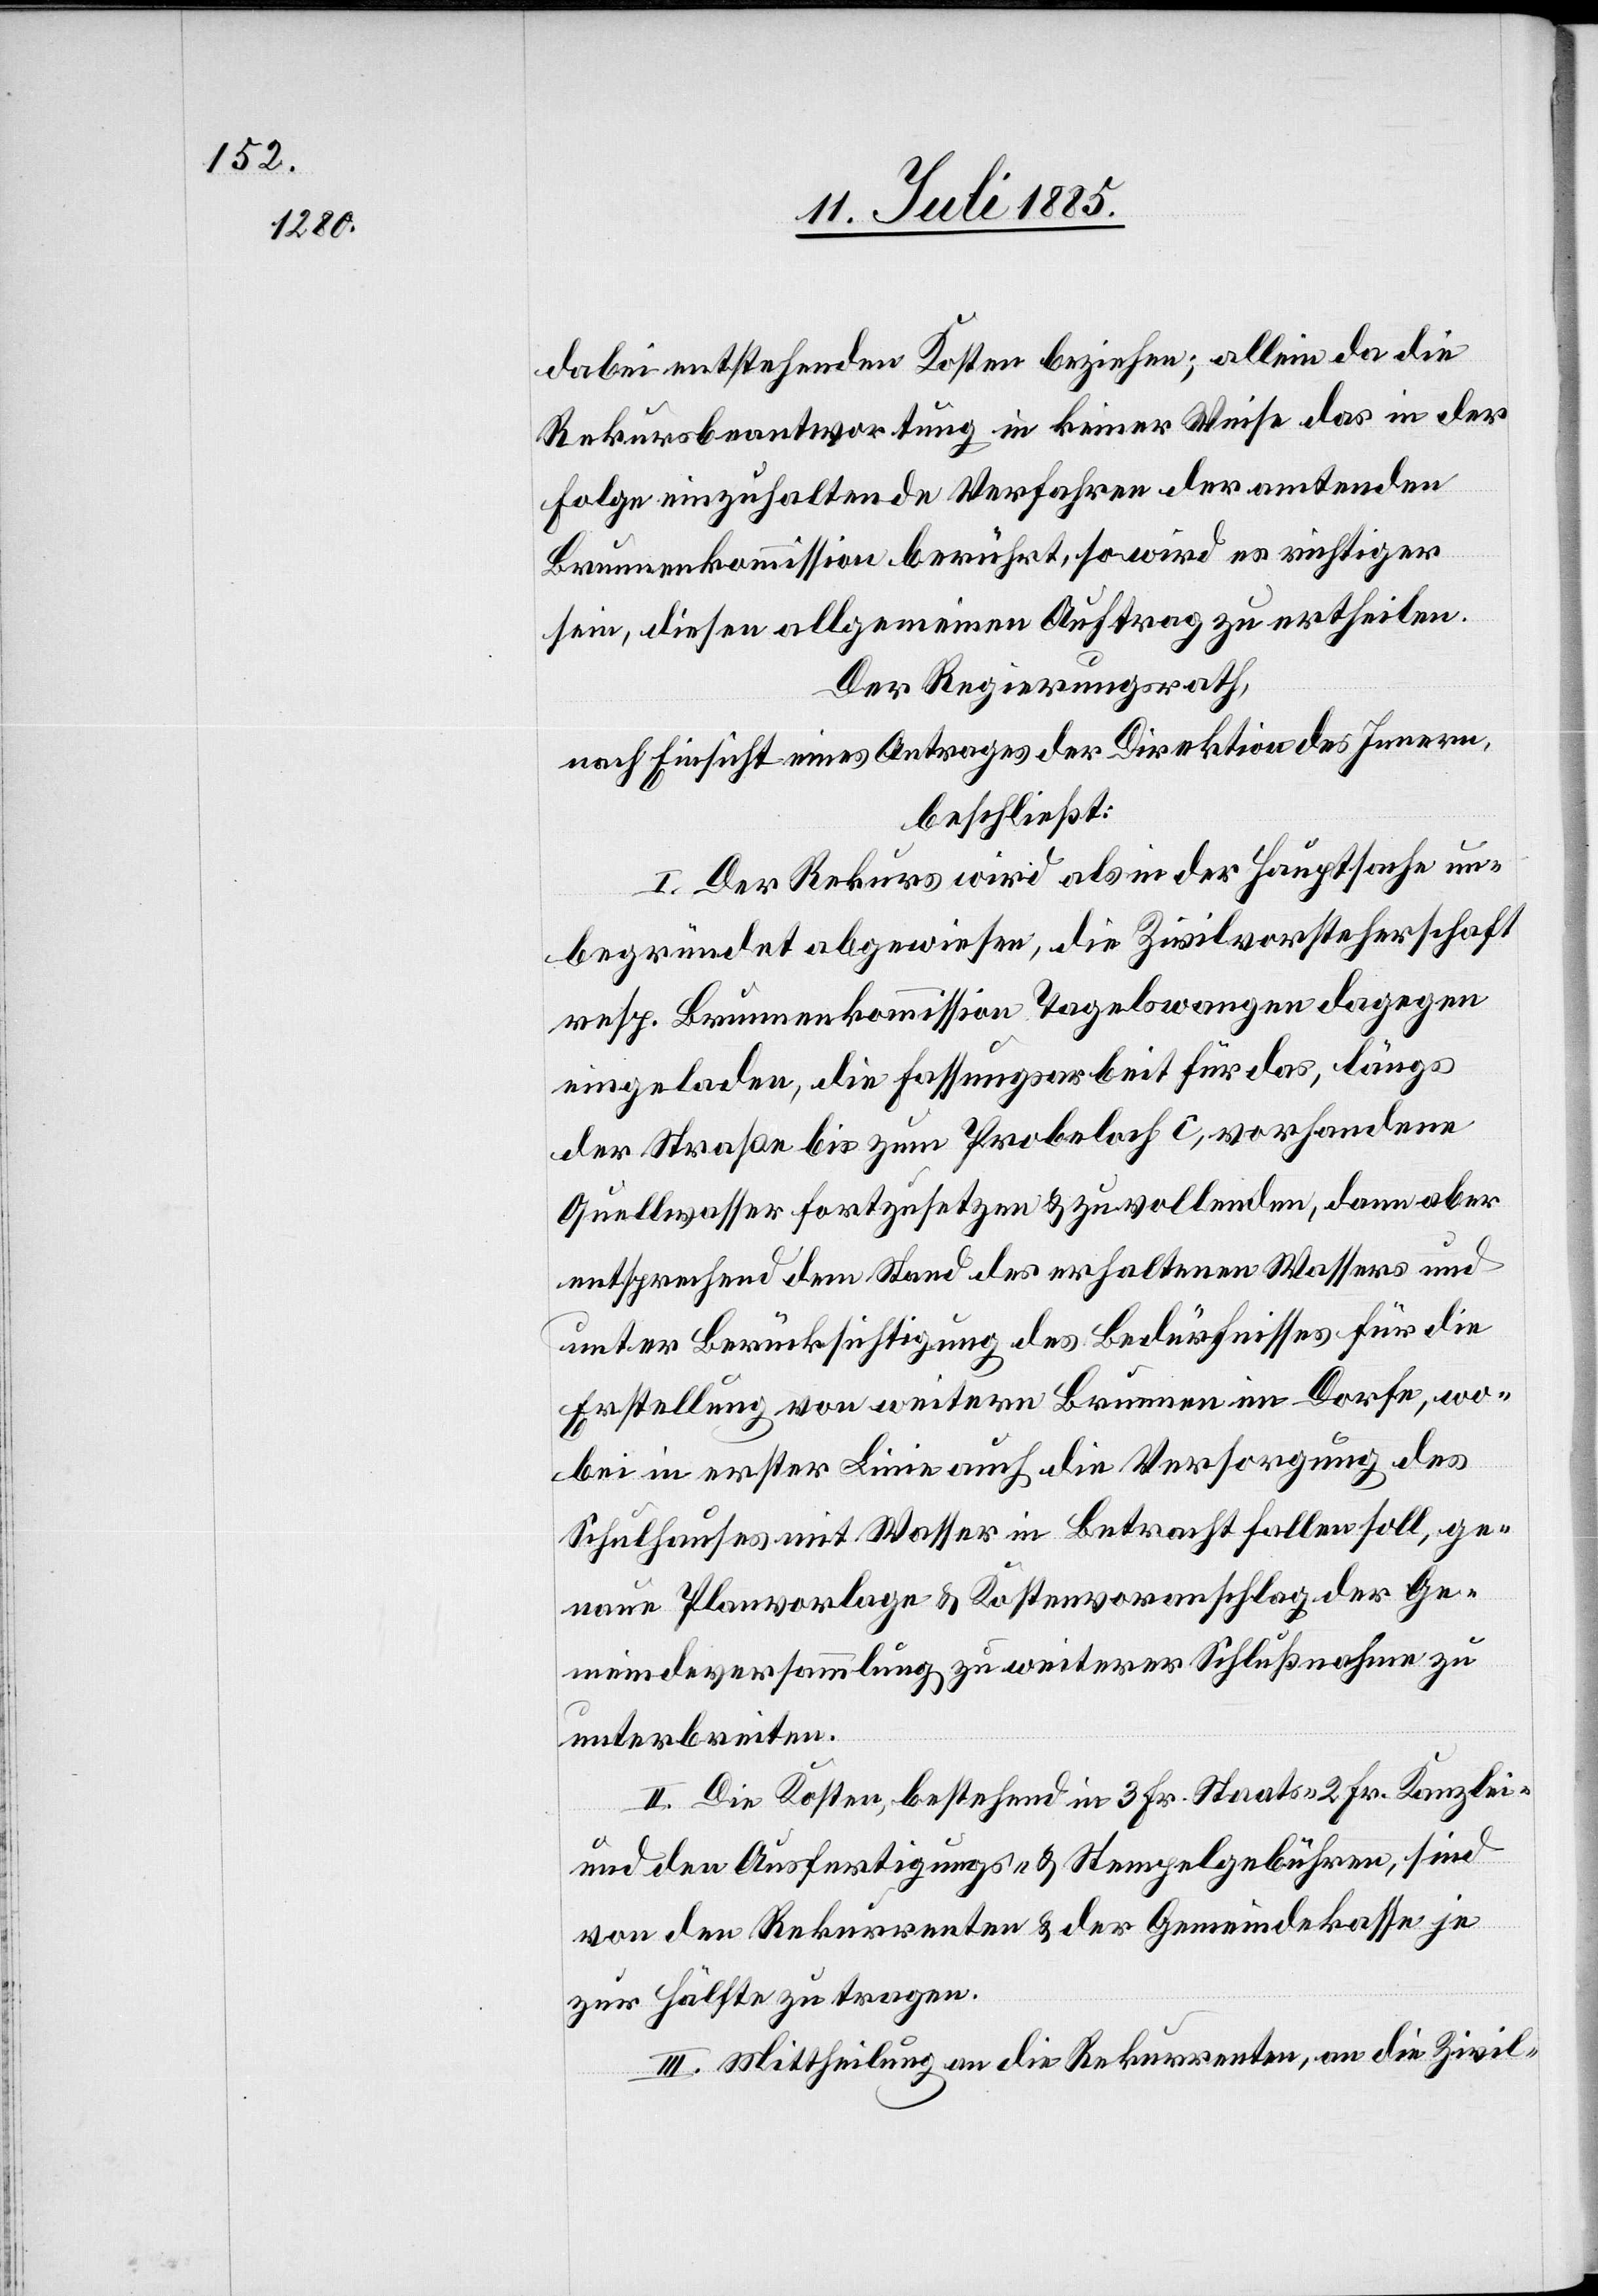
dabei entstehenden Kosten beziehen; allein da die
Rekursbeantwortung in keiner Weise das in der
Folge einzuhaltende Verfahren der amtenden
Brunnenkommission berührt, so wird es richtiger
sein, diesen allgemeinen Auftrag zu ertheilen.
Der Regierungsrath,
nach Einsicht eines Antrages der Direktion des Innern,
beschließt:
I. Der Rekurs wird als in der Hauptsache un¬
begründet abgewiesen, die Zivilvorsteherschaft
resp. Brunnenkommission Tagelswangen dagegen
eingeladen, die Fassungsarbeit für das, längs
der Straße bis zum Probeloch c, vorhandene
Quellwasser fortzusetzen & zu vollenden, dann aber
entsprechend dem Stand des erhaltenen Wassers und
unter Berücksichtigung des Bedürfnisses für die
Erstellung von weitern Brunnen im Dorfe, wo¬
bei in erster Linie auch die Versorgung des
Schulhauses mit Wasser in Betracht fallen soll, ge¬
naue Planvorlage & Kostenvoranschlag der Ge¬
meindeversammlung zu weiterer Schlußnahme zu
unterbreiten.
II. Die Kosten, bestehend in 3 Fr. Staats-[,] 2 Fr. Kanzlei-
und den Ausfertigungs- & Stempelgebühren, sind
von den Rekurrenten & der Gemeindekasse je
zur Hälfte zu tragen.
III. Mittheilung an die Rekurrenten, an die Zivil-